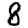
Digit: 8